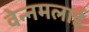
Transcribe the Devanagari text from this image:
वेन्नमलाई